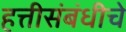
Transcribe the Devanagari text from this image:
हत्तीसंबंधीचे